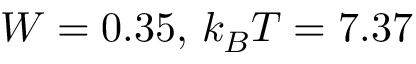
W = 0 . 3 5 , \, k _ { B } T = 7 . 3 7